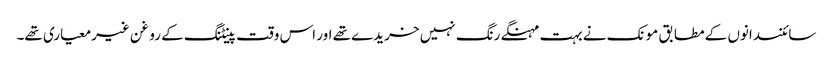
سائنسدانوں کے مطابق مونک نے بہت مہنگے رنگ نہیں خریدے تھے اور اس وقت پینٹنگ کے روغن غیرمعیاری تھے۔